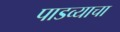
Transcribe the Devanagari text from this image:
पाडव्याचा